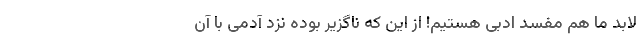
لابد ما هم مفسد ادبی هستیم! از این که ناگزیر بوده نزد آدمی با آن